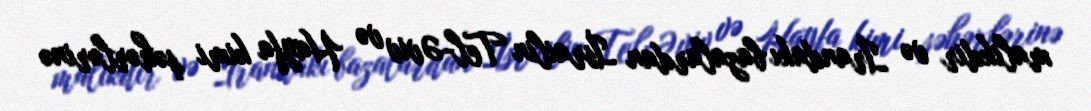
malikdir və İrandakı bazalardan İsrailin Tel-Əviv və Hayfa kimi şəhərlərinə